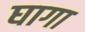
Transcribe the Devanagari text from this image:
घागा